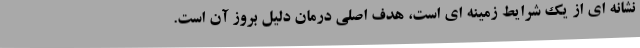
نشانه ای از یک شرایط زمینه ای است، هدف اصلی درمان دلیل بروز آن است.